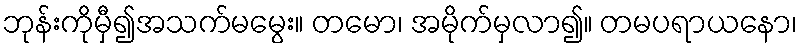
ဘုန်းကိုမှီ၍အသက်မမွေး။ တမော၊ အမိုက်မှလာ၍။ တမပရာယနော၊